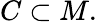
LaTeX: C\subset M.